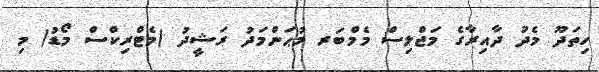
ހިތަދޫ މެދު ދާއިރާގެ މަޖްލިސް މެމްބަރ މުޙަންމަދު ރަޝީދު )މެޓްރިކްސް މޯޑު( މި